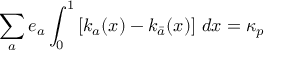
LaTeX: \sum _ { a } e _ { a } \int _ { 0 } ^ { 1 } \left[ k _ { a } ( x ) - k _ { \bar { a } } ( x ) \right] \, d x = \kappa _ { p } \,